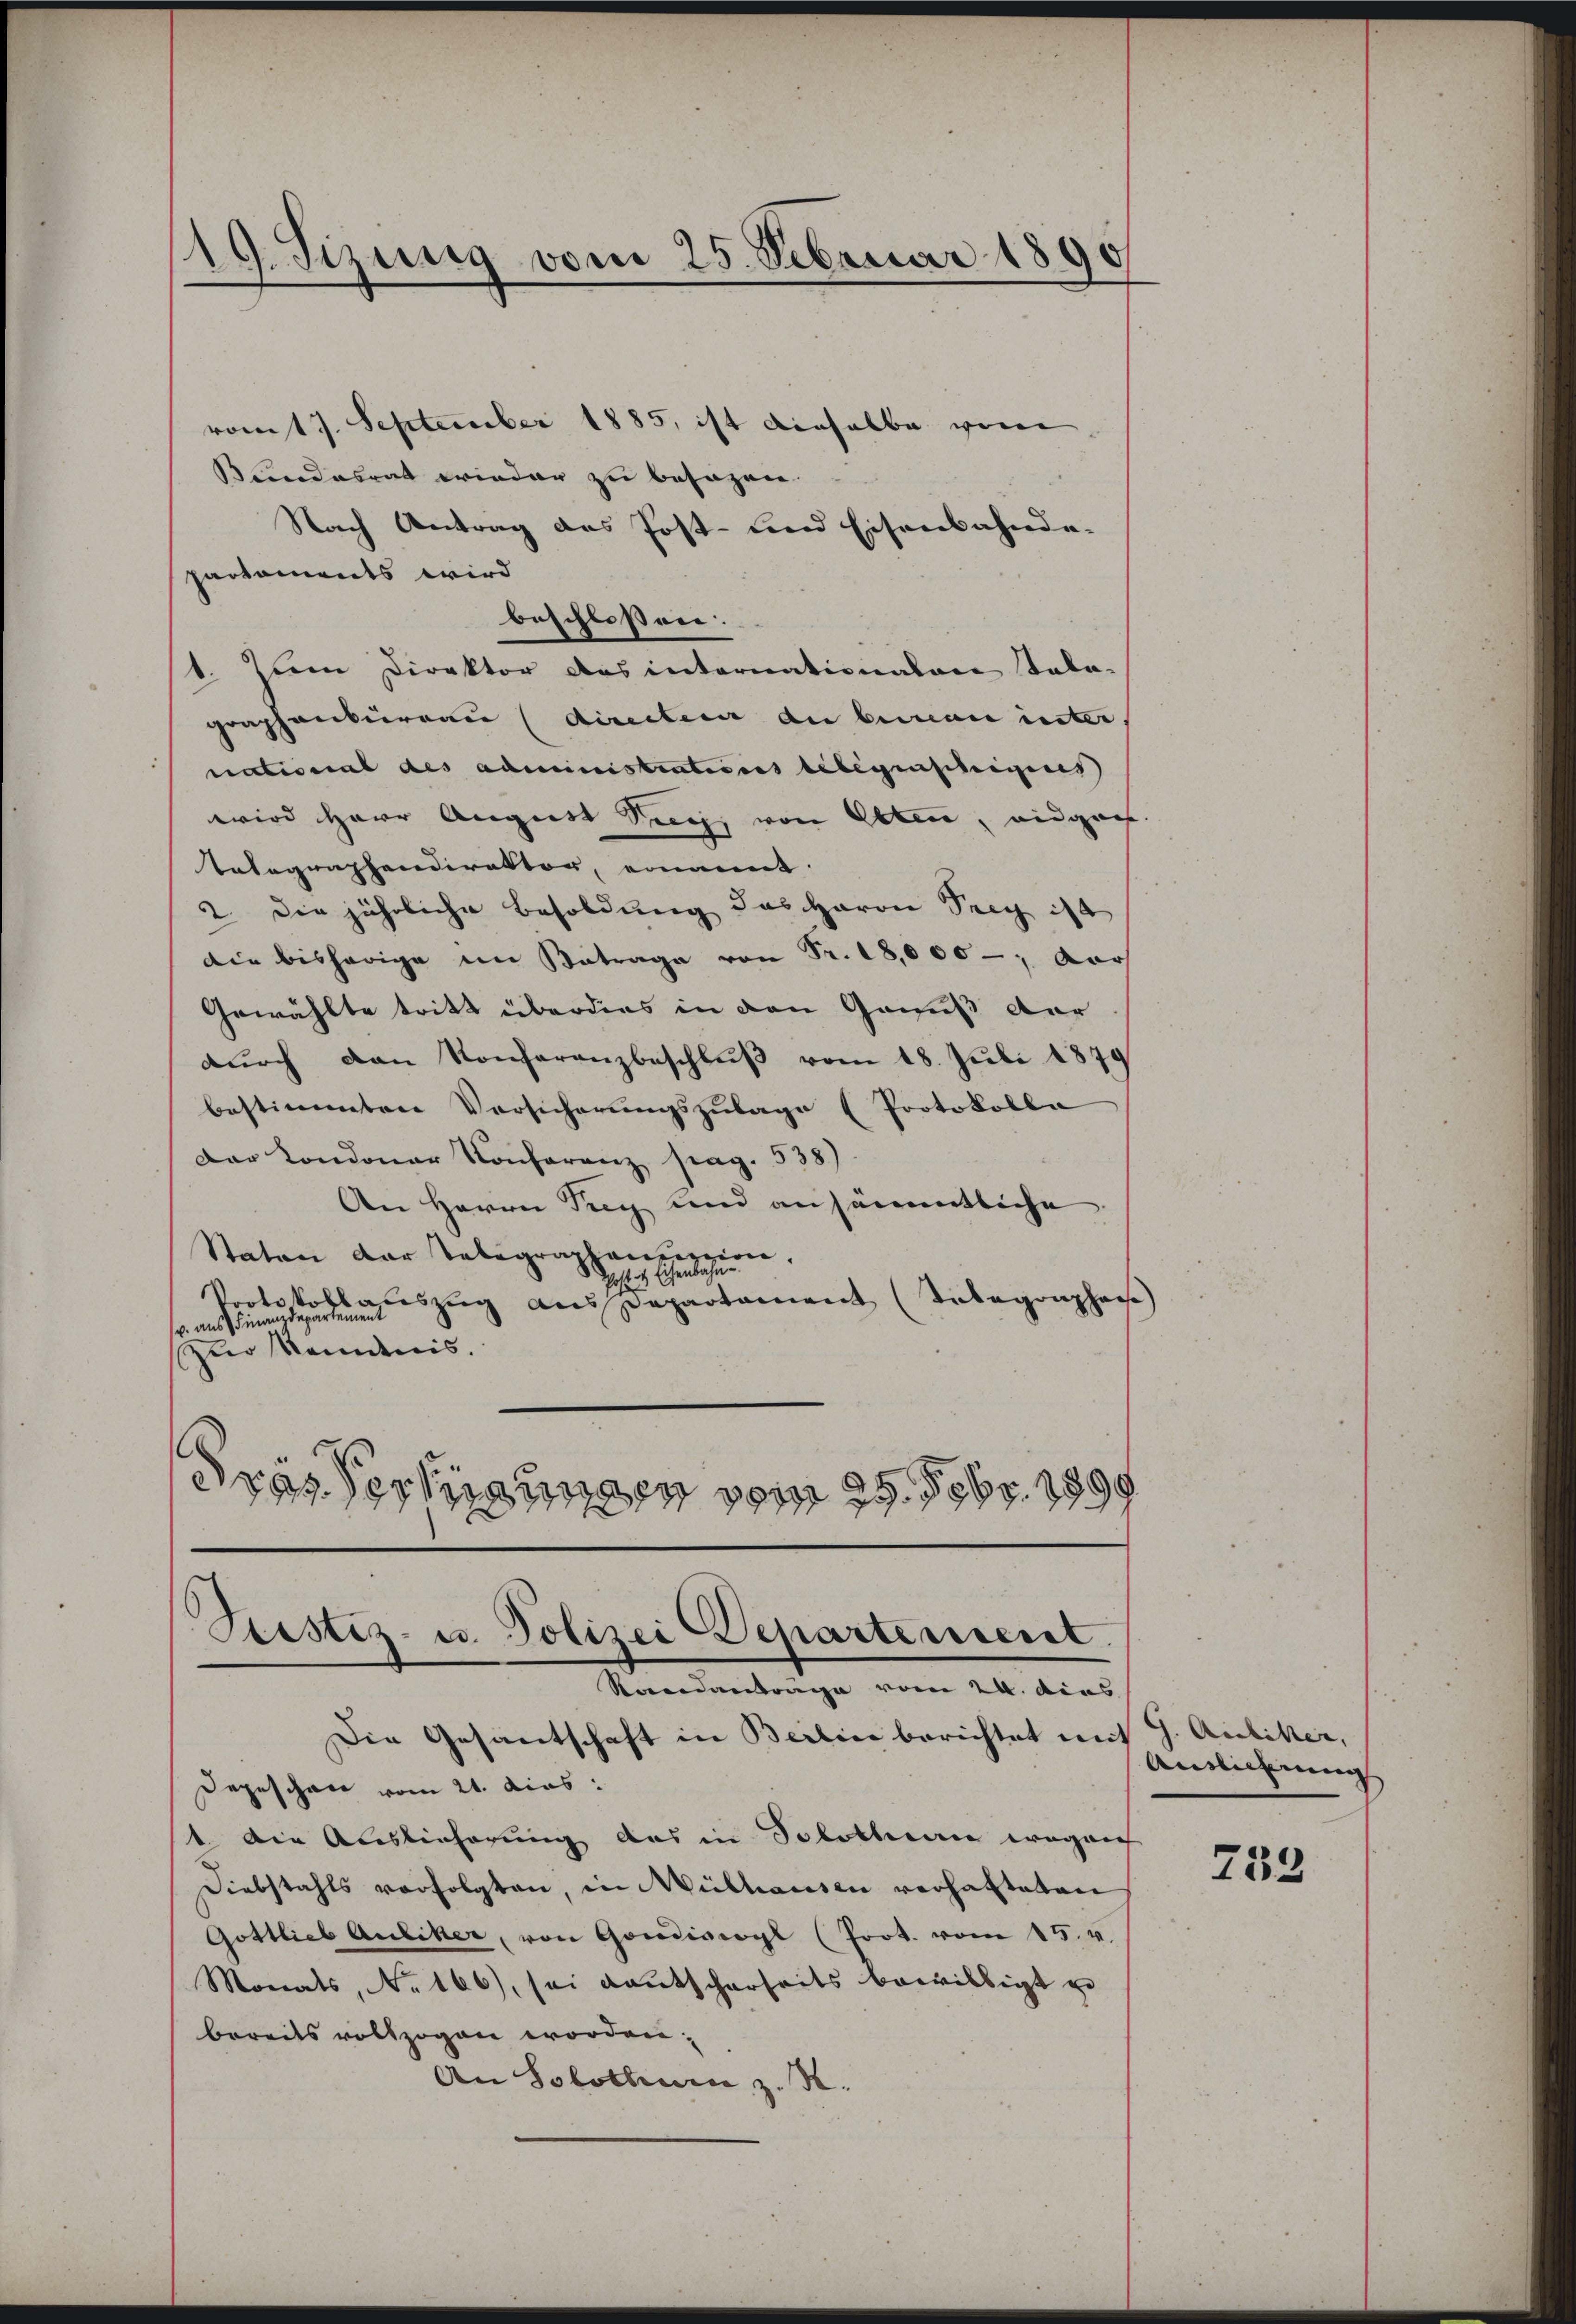
119. Sizung vom 25. Februar 1890

vom 17. September 1885, ist dieselbe von
Bundesrat wieder zu besagen.
Nach Antrag des Post- und Eisenbahndepartaments wird
beschlossen.
1. Zum Direktor das internationalare Tala-
graphenbureau (directeur du beinau inter.
national des administratiores belegenscheines
wird Herr August Sieg, von Olten, eidgen.
Tatographendirektor, ernannt.
2. Die jährliche Besoldung das Haron Frey ist
Die bisherige im Betrage von Fr. 18,000 -; Aar
Gewählte tritt überdies in den Genuß der
dŭrch den Konferanzbeschlŭβ vom 18. Juli 1879
bestimmten Versicherŭngszulage (Protokolle
Der Condoner Konferenz pag. 538)
An Herrn Tag und ansämmtliche
Staten der Telegraphen Herzen.
Protokollauszug aus Departament (Tibagomphasse
v. aus Finanzdepartement
zur Keidnis.
dras Vertigungen vom 29. Febr. 1890

Sistiz- u. Polizei Departement
Randantrage vom 24. dies

Die Gesantschaft in Berline berichtet mit
degeschen vom 21. dies:
1 Die Auslieferung das in Solothur wegen
Diebstahls verfolgten, in Mülhausen verhafteten
Gottlieb Auliker, von Gondiscogl (Prot. vom 15. v.
Monats, No 166), sei Kautscherheits bewilligt u
bereits vollzogen worden.
An Solothur z. R.

G. Artiker,
Antlicherung

233